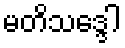
မတိသဒ္ဒေါ